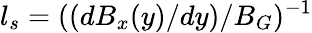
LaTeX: l_{s}=((dB_{x}(y)/dy)/B_{G})^{-1}